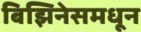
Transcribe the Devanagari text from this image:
बिझिनेसमधून